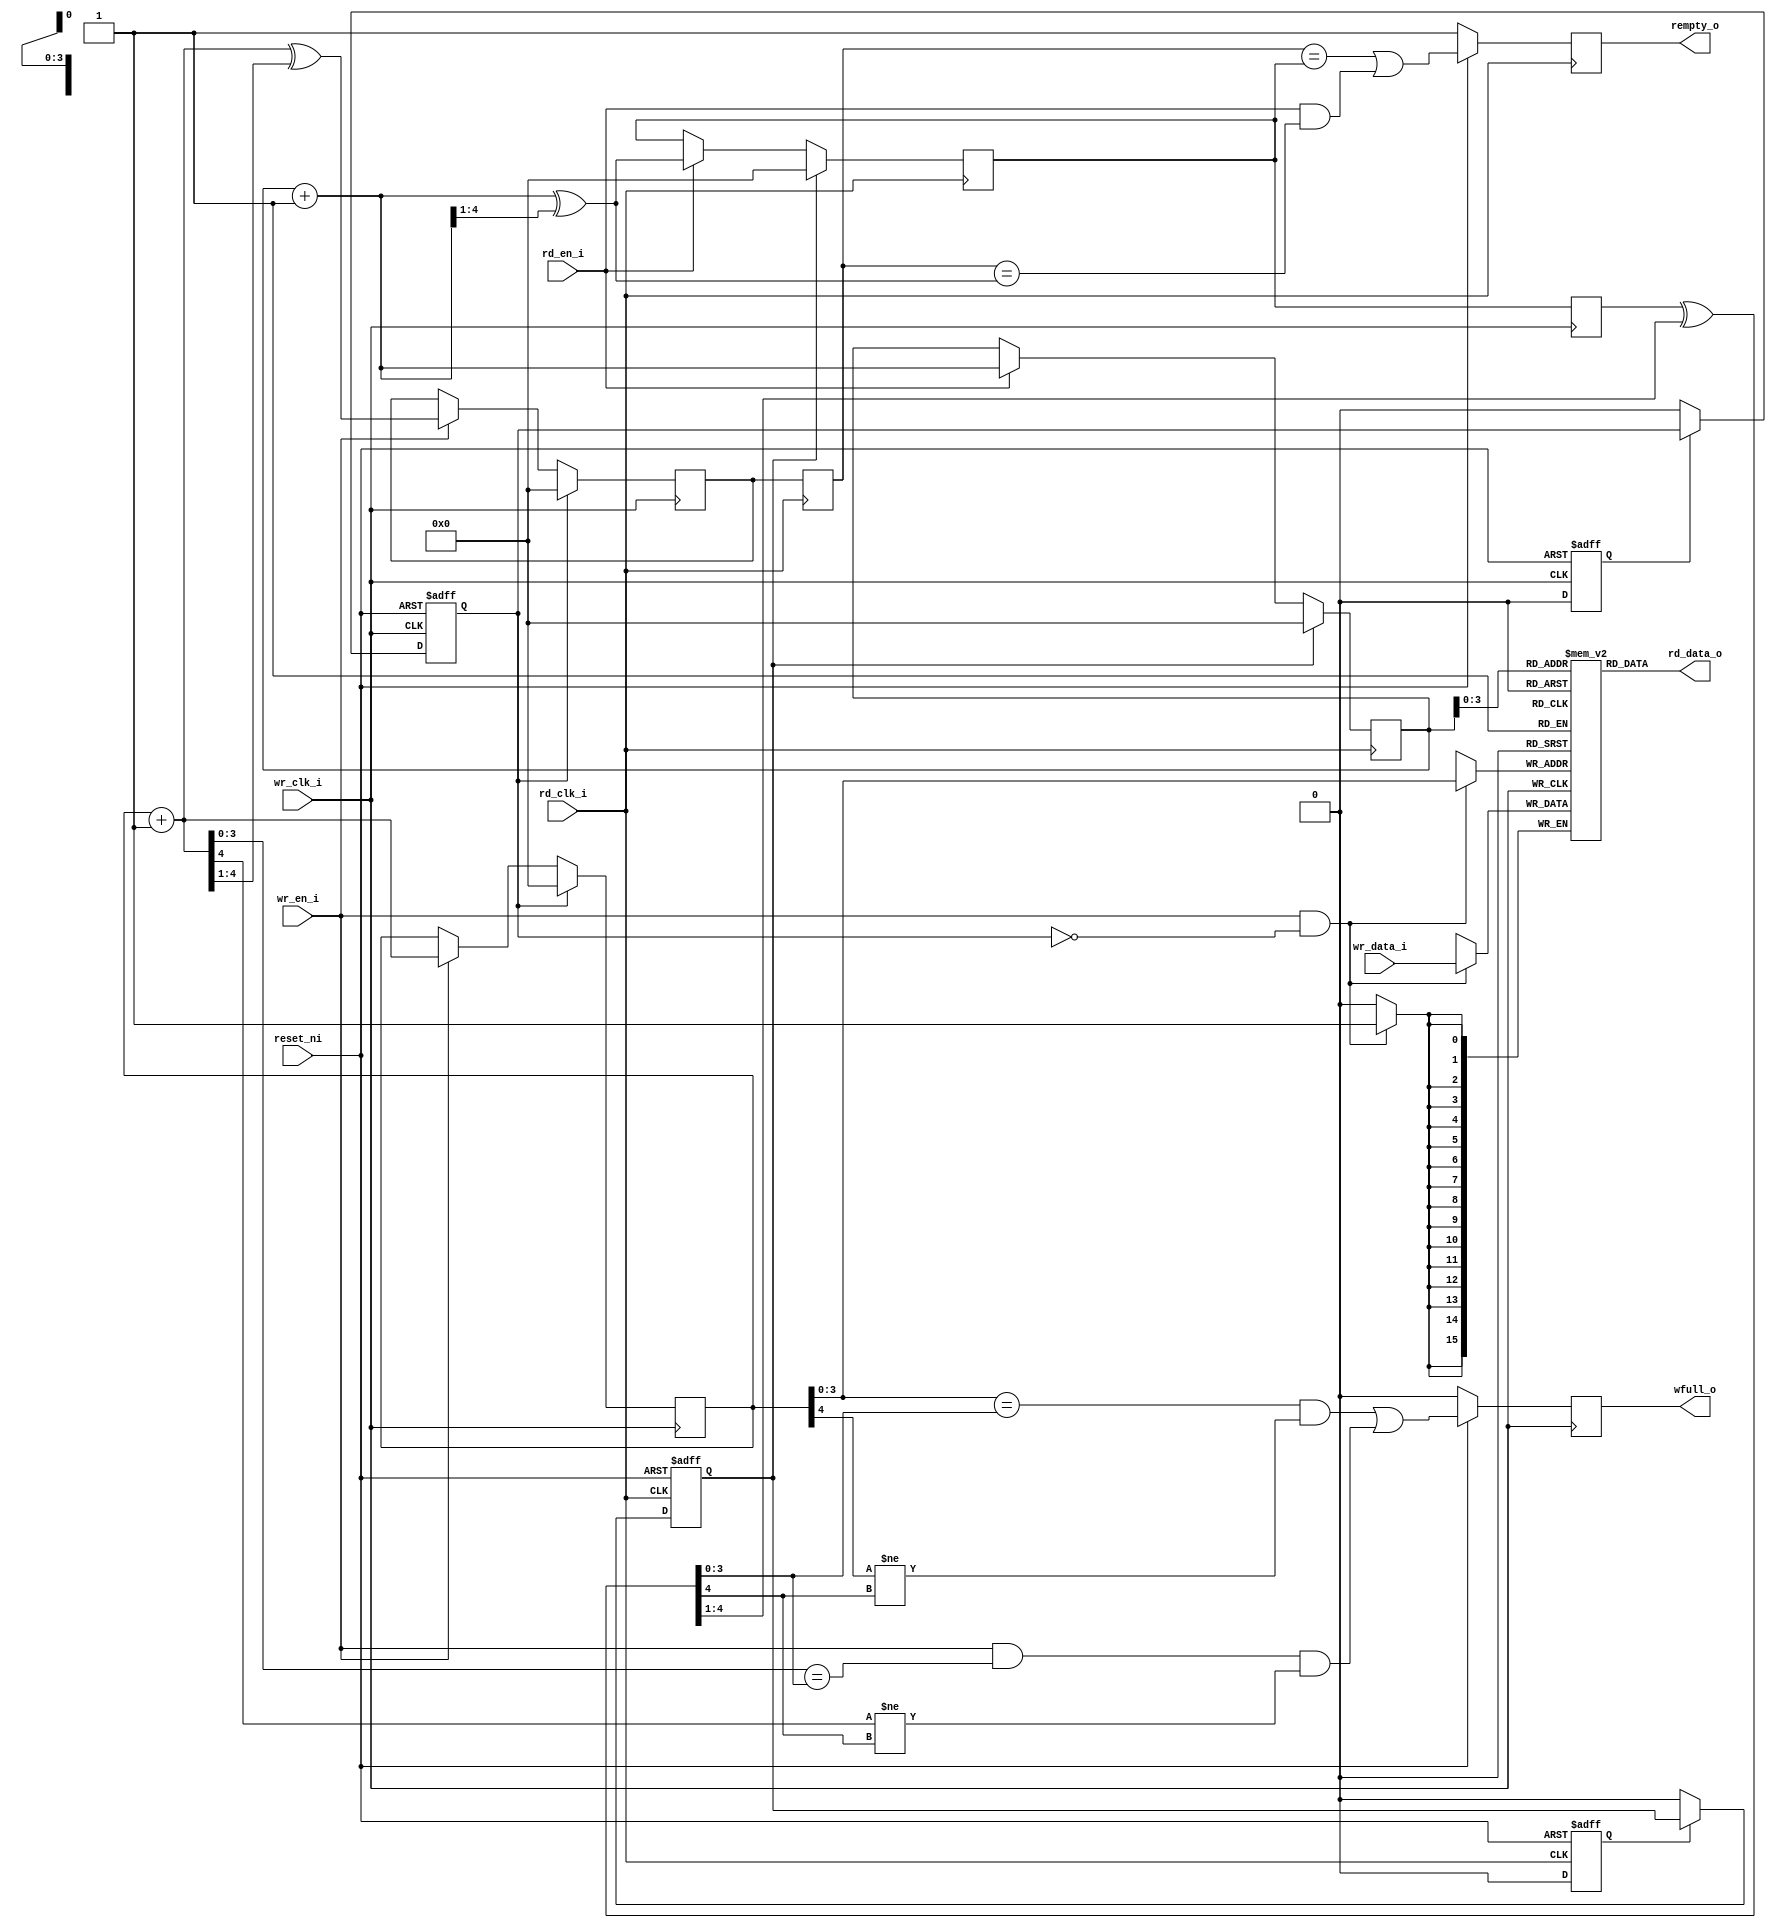
/////////////////////////////////////////////////////////////////////
////                                                             ////
////  Universal FIFO Dual Clock, gray encoded                    ////
////                                                             ////
////                                                             ////
////          rudi@asics.ws                                      ////
////                                                             ////
////                                                             ////
////  D/L from: http://www.opencores.org/cores/generic_fifos/    ////
////                                                             ////
/////////////////////////////////////////////////////////////////////
////                                                             ////
//// Copyright (C) 2000-2002 Rudolf Usselmann                    ////
////                         www.asics.ws                        ////
////                         rudi@asics.ws                       ////
////                                                             ////
//// This source file may be used and distributed without        ////
//// restriction provided that this copyright statement is not   ////
//// removed from the file and that any derivative work contains ////
//// the original copyright notice and the associated disclaimer.////
////                                                             ////
////     THIS SOFTWARE IS PROVIDED ``AS IS'' AND WITHOUT ANY     ////
//// EXPRESS OR IMPLIED WARRANTIES, INCLUDING, BUT NOT LIMITED   ////
//// TO, THE IMPLIED WARRANTIES OF MERCHANTABILITY AND FITNESS   ////
//// FOR A PARTICULAR PURPOSE. IN NO EVENT SHALL THE AUTHOR      ////
//// OR CONTRIBUTORS BE LIABLE FOR ANY DIRECT, INDIRECT,         ////
//// INCIDENTAL, SPECIAL, EXEMPLARY, OR CONSEQUENTIAL DAMAGES    ////
//// (INCLUDING, BUT NOT LIMITED TO, PROCUREMENT OF SUBSTITUTE   ////
//// GOODS OR SERVICES; LOSS OF USE, DATA, OR PROFITS; OR        ////
//// BUSINESS INTERRUPTION) HOWEVER CAUSED AND ON ANY THEORY OF  ////
//// LIABILITY, WHETHER IN  CONTRACT, STRICT LIABILITY, OR TORT  ////
//// (INCLUDING NEGLIGENCE OR OTHERWISE) ARISING IN ANY WAY OUT  ////
//// OF THE USE OF THIS SOFTWARE, EVEN IF ADVISED OF THE         ////
//// POSSIBILITY OF SUCH DAMAGE.                                 ////
////                                                             ////
/////////////////////////////////////////////////////////////////////
/*

Description
===========

I/Os
----
rd_clk   - Read Port Clock
wr_clk   - Write Port Clock
rst      - low active, either sync. or async. master reset (see below how to select)
clr      - synchronous clear (just like reset but always synchronous), high active
re       - read enable, synchronous, high active
we       - read enable, synchronous, high active
din      - Data Input
dout     - Data Output

full     - Indicates the FIFO is full (driven at the rising edge of wr_clk)
empty    - Indicates the FIFO is empty (driven at the rising edge of rd_clk)

wr_level - indicates the FIFO level:
            - 2'b00  0-25%     full
            - 2'b01  25-50%    full
            - 2'b10  50-75%    full
            - 2'b11  %75-100%  full

rd_level - indicates the FIFO level:
            - 2'b00  0-25%     empty
            - 2'b01  25-50%    empty
            - 2'b10  50-75%    empty
            - 2'b11  %75-100%  empty

Status Timing
-------------
All status outputs are registered. They are asserted immediately
as the full/empty condition occurs, however, there is a 2 cycle
delay before they are de-asserted once the condition is not true
anymore.

Parameters
----------
The FIFO takes 2 parameters:
 + WIDTH -- Data bus width; and
 + ABITS -- Address bus width (which determines the FIFO size by evaluating
            2^ABITS).

Synthesis Results
-----------------
In a Spartan 2e a 8 bit wide, 8 entries deep FIFO, takes 97 LUTs and runs
at about 113 MHz (IO insertion disabled).

Misc
----
This design assumes you will do appropriate status checking externally.

IMPORTANT ! writing while the FIFO is full or reading while the FIFO is
empty will place the FIFO in an undefined state.

*/

`timescale 1ns / 100ps
module afifo_gray #(
    parameter integer WIDTH = 16,
    parameter integer ABITS = 4,
    parameter integer ASIZE = 1 << ABITS,
    parameter integer DELAY = 3
) (  // System clocks and resets:
    rd_clk_i,
    wr_clk_i,
    reset_ni,

    // Data signals:
    wr_en_i,
    wr_data_i,
    rd_en_i,
    rd_data_o,

    // FIFO status flags:
    wfull_o,
    rempty_o
);

  localparam integer MSB = WIDTH - 1;
  localparam integer ASB = ABITS - 1;

  input rd_clk_i;
  input wr_clk_i;
  input reset_ni;

  // Data signals:
  input wr_en_i;
  input [MSB:0] wr_data_i;
  input rd_en_i;
  output [MSB:0] rd_data_o;

  // FIFO status flags:
  output reg wfull_o = 1'b0;
  output reg rempty_o = 1'b1;


  //-------------------------------------------------------------------------
  //  Local Wires
  //-------------------------------------------------------------------------

  wire [ABITS:0] wp_bin_next, wp_gray_next;
  wire [ABITS:0] rp_bin_next, rp_gray_next;

  reg [ABITS:0] wp_bin = 0, wp_gray = 0;
  reg [ABITS:0] rp_bin = 0, rp_gray = 0;

  (* ASYNC_REG = "TRUE" *)
  reg [ABITS:0] wp_s = 0;
  (* ASYNC_REG = "TRUE" *)
  reg [ABITS:0] rp_s = 0;

  wire [ABITS:0] wp_bin_x, rp_bin_x;

  reg rd_rst = 1'b1, wr_rst = 1'b1;
  reg rd_rst_r = 1'b1, wr_rst_r = 1'b1;


  //-------------------------------------------------------------------------
  //  Reset Logic
  //-------------------------------------------------------------------------

  always @(posedge rd_clk_i or negedge reset_ni) begin
    if (!reset_ni) begin
      rd_rst_r <= #DELAY 1'b1;
      rd_rst   <= #DELAY 1'b1;
    end else begin
      rd_rst_r <= #DELAY 1'b0;
      if (!rd_rst_r) begin
        rd_rst <= #DELAY 1'b0;  // Release Reset
      end
    end
  end

  always @(posedge wr_clk_i or negedge reset_ni) begin
    if (!reset_ni) begin
      wr_rst_r <= #DELAY 1'b1;
      wr_rst   <= #DELAY 1'b1;
    end else begin
      wr_rst_r <= #DELAY 1'b0;
      if (!wr_rst_r) begin
        wr_rst <= #DELAY 1'b0;  // Release Reset
      end
    end
  end


  //-------------------------------------------------------------------------
  //  Memory Block
  //-------------------------------------------------------------------------

  reg [MSB:0] sram[0:ASIZE-1];

  assign rd_data_o = sram[rp_bin[ASB:0]];

  always @(posedge wr_clk_i) begin
    if (wr_en_i && !wr_rst) begin
      sram[wp_bin[ASB:0]] <= #DELAY wr_data_i;
    end
  end


  //-------------------------------------------------------------------------
  //  Read/Write Pointers Logic
  //-------------------------------------------------------------------------

  assign wp_bin_next  = wp_bin + {{ABITS{1'b0}}, 1'b1};
  assign wp_gray_next = wp_bin_next ^ {1'b0, wp_bin_next[ABITS:1]};

  always @(posedge wr_clk_i) begin
    if (wr_rst) begin
      wp_bin  <= #DELAY{ABITS + 1{1'b0}};
      wp_gray <= #DELAY{ABITS + 1{1'b0}};
    end else if (wr_en_i) begin
      wp_bin  <= #DELAY wp_bin_next;
      wp_gray <= #DELAY wp_gray_next;
    end
  end

  assign rp_bin_next  = rp_bin + {{ABITS{1'b0}}, 1'b1};
  assign rp_gray_next = rp_bin_next ^ {1'b0, rp_bin_next[ABITS:1]};

  always @(posedge rd_clk_i) begin
    if (rd_rst) begin
      rp_bin  <= #DELAY{ABITS + 1{1'b0}};
      rp_gray <= #DELAY{ABITS + 1{1'b0}};
    end else if (rd_en_i) begin
      rp_bin  <= #DELAY rp_bin_next;
      rp_gray <= #DELAY rp_gray_next;
    end
  end


  //-------------------------------------------------------------------------
  //  Synchronization Logic
  //-------------------------------------------------------------------------

  always @(posedge rd_clk_i) begin
    wp_s <= #DELAY wp_gray;  // write pointer -> read domain
  end

  always @(posedge wr_clk_i) begin
    rp_s <= #DELAY rp_gray;  // read pointer -> write domain
  end


  //-------------------------------------------------------------------------
  //  Registered Wfull_o & Rempty_o Flags
  //-------------------------------------------------------------------------

  // -- Convert Gray to binary -- //
  assign wp_bin_x = wp_s ^ {1'b0, wp_bin_x[ABITS:1]};
  assign rp_bin_x = rp_s ^ {1'b0, rp_bin_x[ABITS:1]};

  always @(posedge rd_clk_i) begin
    if (!reset_ni) begin
      rempty_o <= #DELAY 1'b1;
    end else begin
      rempty_o <= #DELAY wp_s == rp_gray || rd_en_i && wp_s == rp_gray_next;
    end
  end

  // todo: worth using a cheaper (capacity-1) comparison?
  wire full_curr = wp_bin[ASB:0] == rp_bin_x[ASB:0] && wp_bin[ABITS] != rp_bin_x[ABITS];
  wire full_next = wr_en_i && wp_bin_next[ASB:0] == rp_bin_x[ASB:0] &&
     wp_bin_next[ABITS] != rp_bin_x[ABITS];

  always @(posedge wr_clk_i) begin
    if (!reset_ni) begin
      wfull_o <= #DELAY 1'b0;
    end else begin
      wfull_o <= #DELAY full_curr || full_next;
    end
  end


  //-------------------------------------------------------------------------
  //  Sanity Check
  //-------------------------------------------------------------------------

  always @(posedge wr_clk_i) begin
    if (wr_en_i && wfull_o) begin
      $display("%m WARNING: Writing while FIFO is FULL (%t)", $time);
    end
  end

  always @(posedge rd_clk_i) begin
    if (rd_en_i && rempty_o) begin
      $display("%m WARNING: Reading while FIFO is EMPTY (%t)", $time);
    end
  end

endmodule  // afifo_gray